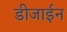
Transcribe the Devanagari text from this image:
डीजाईन